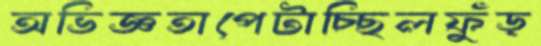
অভিজ্ঞতাপেটাচ্ছিলফুঁড়